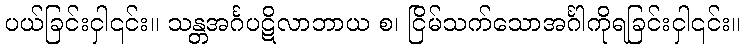
ပယ်ခြင်းငှါ၎င်း။ သန္တအင်္ဂပဋိလာဘာယ စ၊ ငြိမ်သက်သောအင်္ဂါကိုရခြင်းငှါ၎င်း။